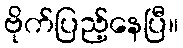
ဗိုက်ပြည့်နေပြီ။